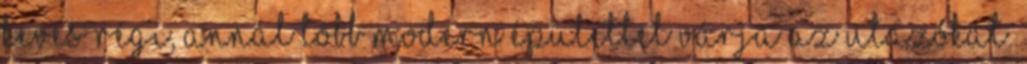
kevés régi, annál több modern épülettel várja az utazókat.